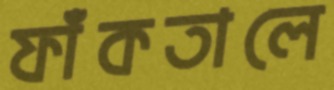
ফাঁকতালে